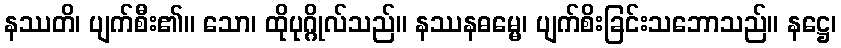
နဿတိ၊ ပျက်စီး၏။ သော၊ ထိုပုဂ္ဂိုလ်သည်။ နဿနဓမ္မေ၊ ပျက်စိးခြင်းသဘောသည်။ နဋ္ဌေ၊